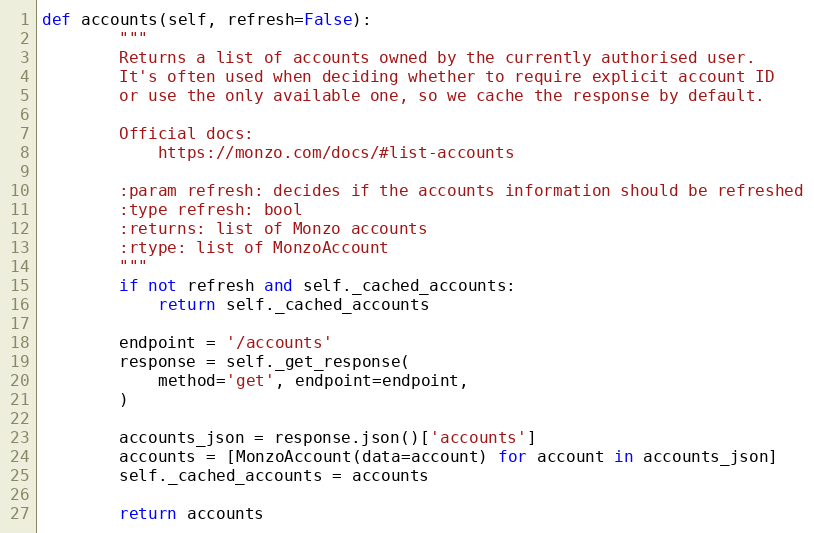
Language: Python
def accounts(self, refresh=False):
        """
        Returns a list of accounts owned by the currently authorised user.
        It's often used when deciding whether to require explicit account ID
        or use the only available one, so we cache the response by default.

        Official docs:
            https://monzo.com/docs/#list-accounts

        :param refresh: decides if the accounts information should be refreshed
        :type refresh: bool
        :returns: list of Monzo accounts
        :rtype: list of MonzoAccount
        """
        if not refresh and self._cached_accounts:
            return self._cached_accounts

        endpoint = '/accounts'
        response = self._get_response(
            method='get', endpoint=endpoint,
        )

        accounts_json = response.json()['accounts']
        accounts = [MonzoAccount(data=account) for account in accounts_json]
        self._cached_accounts = accounts

        return accounts